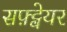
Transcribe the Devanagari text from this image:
सफ़्ट्वेयर